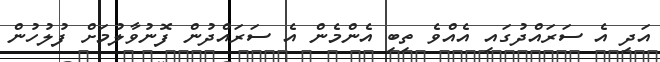
އަދި އެ ސަރައްދުގައި އެއްވެ ތިބި އެންމެން އެ ސަރައްދުން ފޮނުވާލުމަށް ފުލުހުން